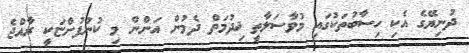
ދުނިޔޭގެ އެކި ހިސާބުތަކުގައި މުވާސަލާތީ ޚިދުމަތް ދެމުން އަންން މި ކުންފުންޏަކީ ރާއްޖެ